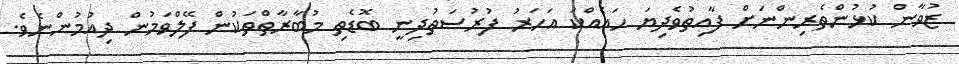
ޒުވާން ކުޅުންތެރިންނަށް ފާއިތުވެދިޔަ ހައެއްކަ އަހަރު ފުރުސަތުދިނީ ބޮޑެތި މުބާރާތްތަކުން ފޭލްވަމުން ދިއުމުންނެވެ.